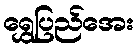
ရွှေပြည်အေး